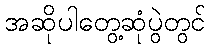
အဆိုပါတွေ့ဆုံပွဲတွင်